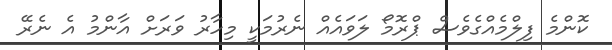
ކޮންމެ ފިލްމެއްގެވެސް ޕްރޮމޯ ލަވައެއް ނެރުމަކީ މިހާރު ވަރަށް އާންމު އެ ނެރޭ